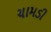
ચામડી